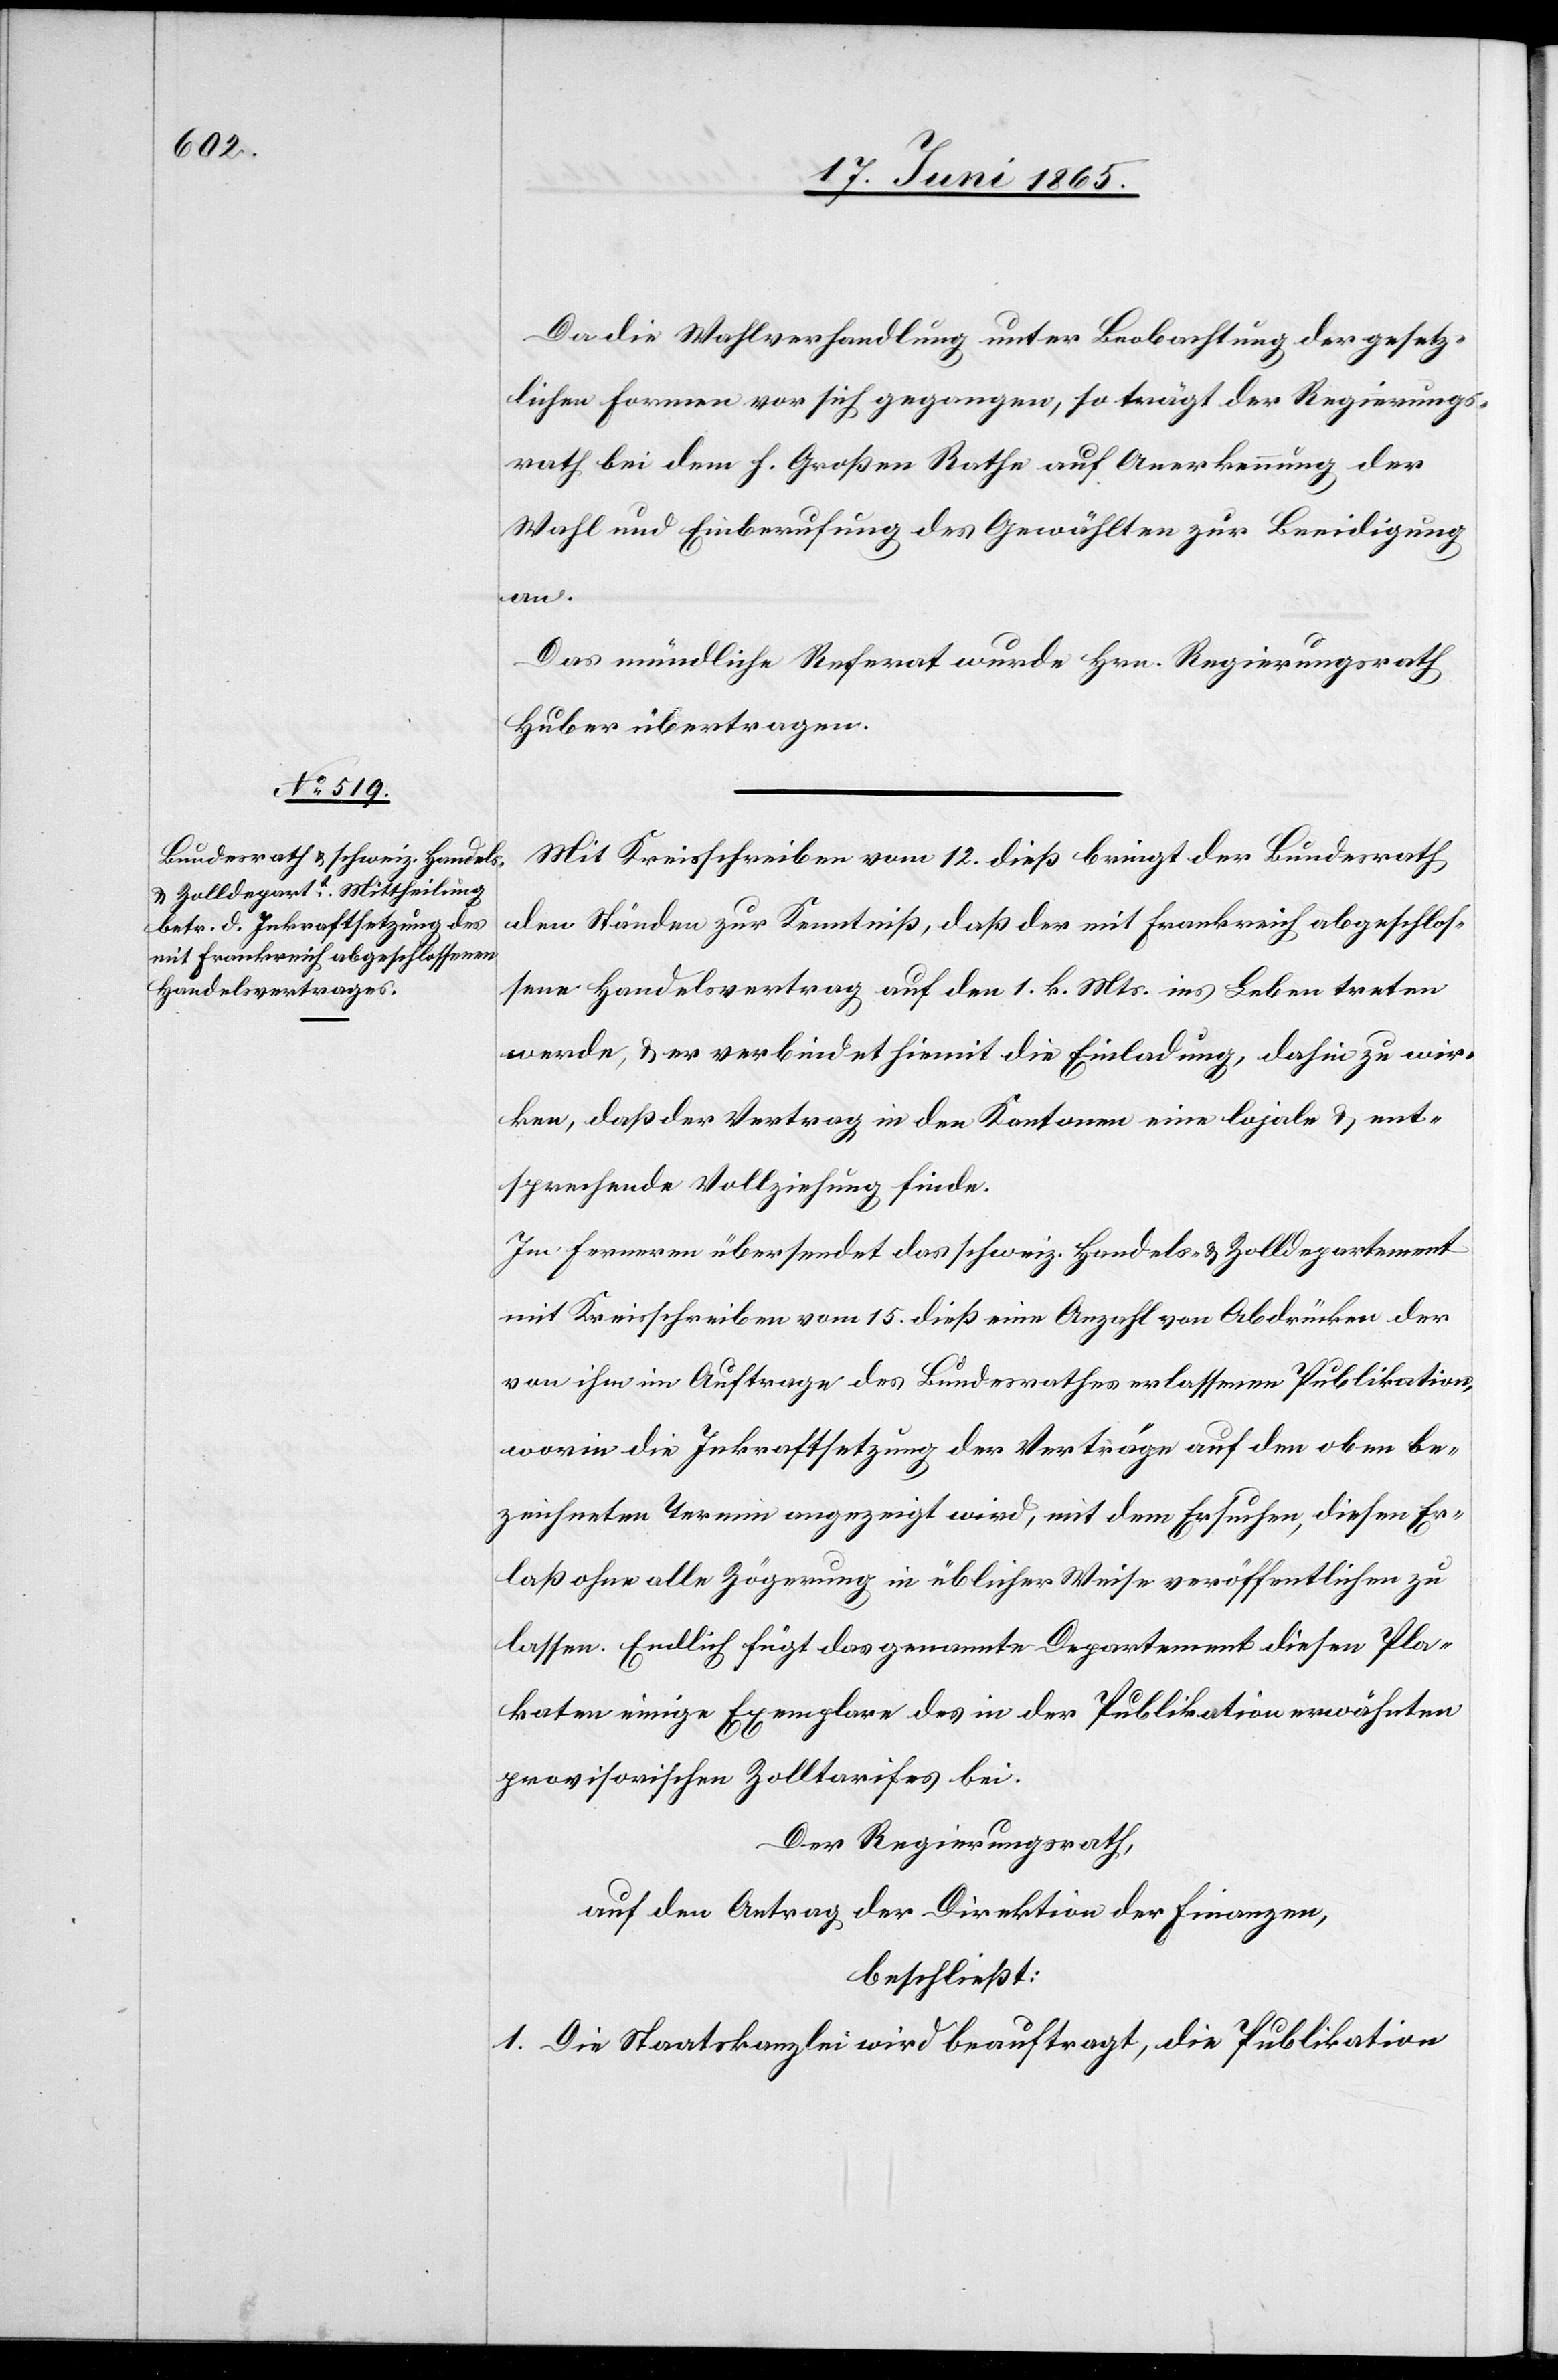
Da die Wahlversammlung unter Beobachtung der gesetz¬
lichen Formen vor sich gegangen, so trägt der Regierungs¬
rath bei dem h. Großen Rathe auf Anerkennung der
Wahl und Einberufung des Gewählten zur Beeidigung
an.
Das mündliche Referat wurde Hrn. Regierungsrath
Huber übertragen.
Mit Kreisschreiben vom 12. dieß bringt der Bundesrath
den Ständen zur Kenntniß, daß der mit Frankreich abgeschlos¬
sene Handelsvertrag auf den 1. k. Mts. ins Leben treten
werde, & er verbindet hiemit die Einladung, dahin zu wir¬
ken, daß der Vertrag in den Kantonen eine lojale & ent¬
sprechende Vollziehung finde.
Im Ferneren übersendet das schweiz. Handels- & Zolldepartement
mit Kreisschreiben vom 15. dieß eine Anzahl von Abdrücken der
von ihm im Auftrage des Bundesrathes erlassenen Publikation,
worin die Inkraftsetzung der Verträge auf den oben be¬
zeichneten Termin angezeigt wird, mit dem Ersuchen, diesen Er¬
laß ohne alle Zögerung in üblicher Weise veröffentlichen zu
lassen. Endlich fügt das genannte Departement diesen Pla¬
katen einige Exemplare des in der Publikation erwähnten
provisorischen Zolltarifes bei.
Der Regierungsrath,
auf den Antrag der Direktion der Finanzen,
beschließt:
1. Die Staatskanzlei wird beauftragt, die Publikation